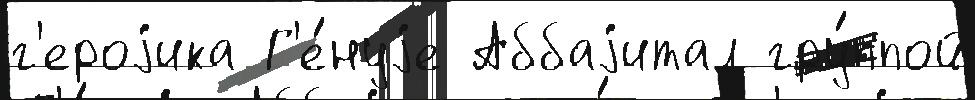
г'ероjика Г'е́нуjе Аббаjитал гру́ппой